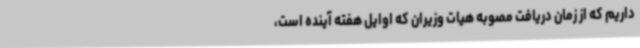
داریم که از زمان دریافت مصوبه هیات وزیران که اوایل هفته آینده است،